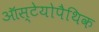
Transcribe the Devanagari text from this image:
ऑस्टेयोपैथिक